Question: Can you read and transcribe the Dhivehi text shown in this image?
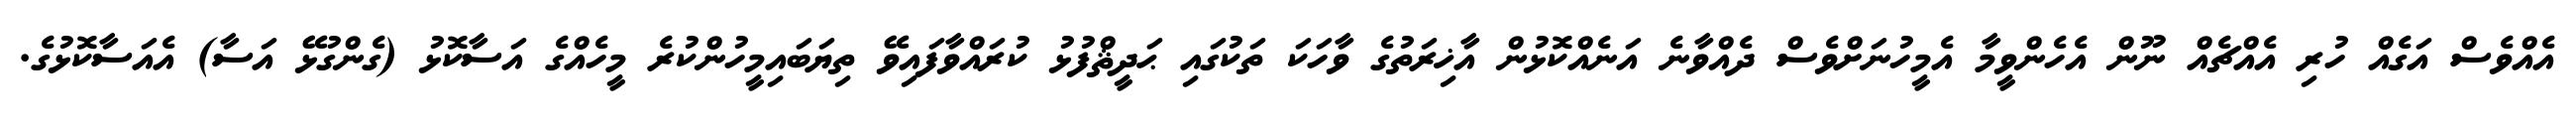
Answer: އެއްވެސް އަގެއް ހުރި އެއްޗެއް ނޫން އެހެންވީމާ އެމީހުނަށްވެސް ދެއްވާނެ އަނެއްކޮޅުން އާޚިރަތުގެ ވާހަކަ ތަކުގައި ޙަދީޘްފުޅު ކުރައްވާފައިވޭ ތިޔަބައިމީހުންކުރެ މީހެއްގެ އަސާކޮޅު (ގެންގުޅޭ އަސާ) އެއަސާކޮޅުގެ.